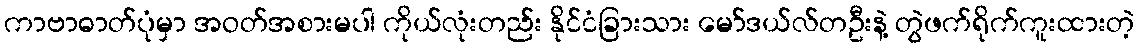
ကာဗာဓာတ်ပုံမှာ အဝတ်အစားမပါ ကိုယ်လုံးတည်း နိုင်ငံခြားသား မော်ဒယ်လ်တဦးနဲ့ တွဲဖက်ရိုက်ကူးထားတဲ့